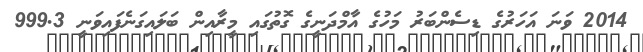
2014 ވަނަ އަހަރުގެ ޑިސެންބަރު މަހުގެ އާމްދަނީގެ ގޮތުގައި މީރާއިން ބަލައިގަނެފައިވަނީ 999.3